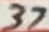
Text: 37